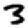
Digit: 3